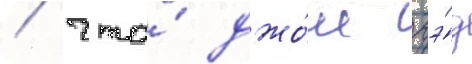
/ что́ джо́ш гэ́д